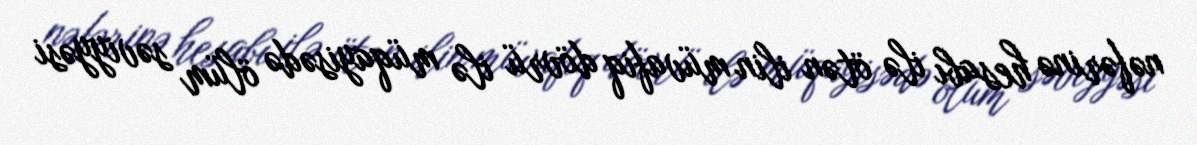
nəfərinə hesabı ilə ötən ilin müvafiq dövrü ilə müqayisədə ölüm səviyyəsi